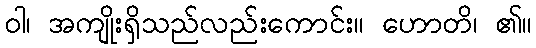
ဝါ၊ အကျိုးရှိသည်လည်းကောင်း။ ဟောတိ၊ ၏။